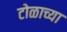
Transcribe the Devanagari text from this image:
टोळाच्या